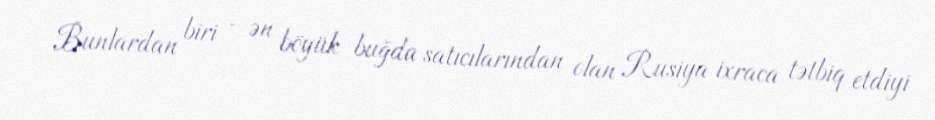
Bunlardan biri - ən böyük buğda satıcılarından olan Rusiya ixraca tətbiq etdiyi